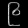
Digit: ၉